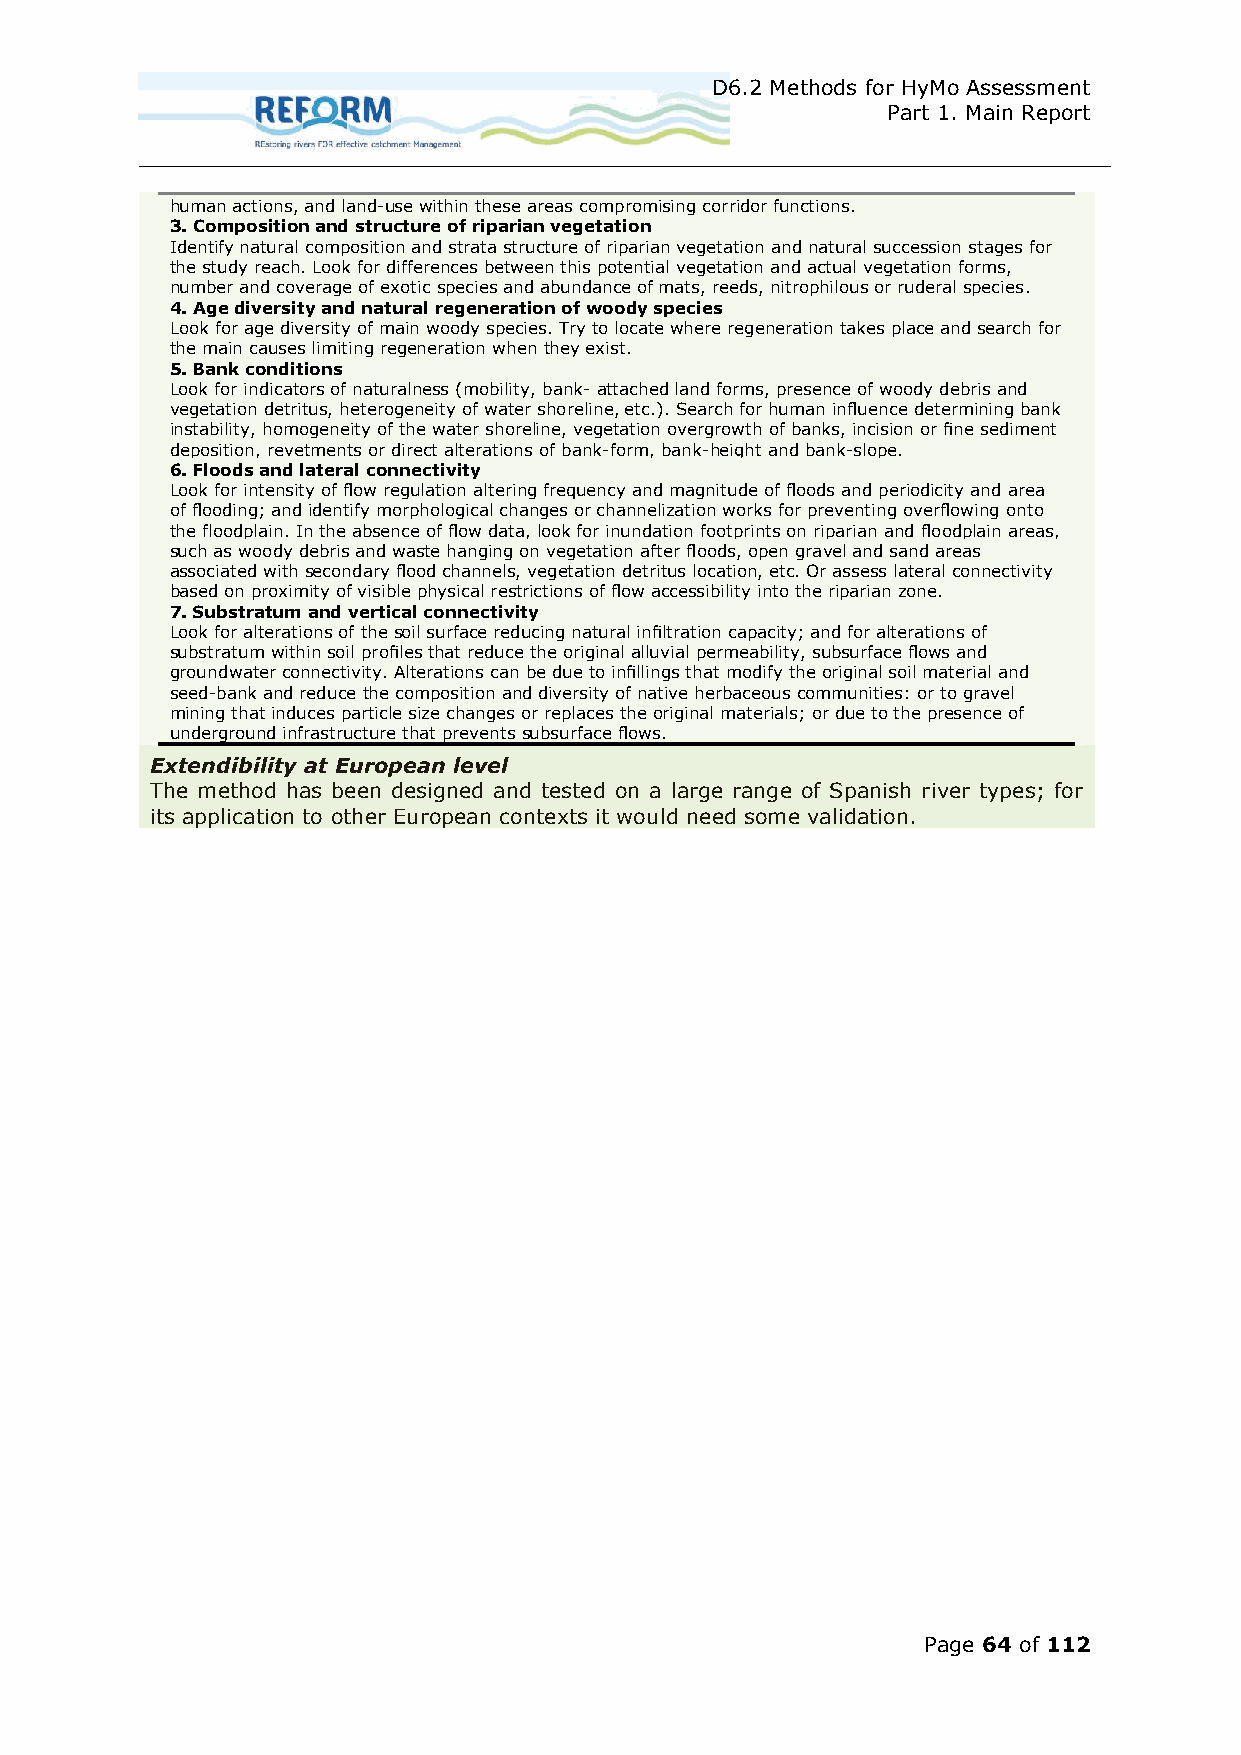
D6.2 Methods for HyMo Assessment
 Part 1. Main Report
 human actions, and land-use within these areas compromising corridor functions.
 3. Composition and structure of riparian vegetation
 Identify natural composition and strata structure of riparian vegetation and natural succession stages for
 the study reach. Look for differences between this potential vegetation and actual vegetation forms,
 number and coverage of exotic species and abundance of mats, reeds, nitrophilous or ruderal species.
 4. Age diversity and natural regeneration of woody species
 Look for age diversity of main woody species. Try to locate where regeneration takes place and search for
 the main causes limiting regeneration when they exist.
 5. Bank conditions
 Look for indicators of naturalness (mobility, bank- attached land forms, presence of woody debris and
 vegetation detritus, heterogeneity of water shoreline, etc.). Search for human influence determining bank
 instability, homogeneity of the water shoreline, vegetation overgrowth of banks, incision or fine sediment
 deposition, revetments or direct alterations of bank-form, bank-height and bank-slope.
 6. Floods and lateral connectivity
 Look for intensity of flow regulation altering frequency and magnitude of floods and periodicity and area
 of flooding; and identify morphological changes or channelization works for preventing overflowing onto
 the floodplain. In the absence of flow data, look for inundation footprints on riparian and floodplain areas,
 such as woody debris and waste hanging on vegetation after floods, open gravel and sand areas
 associated with secondary flood channels, vegetation detritus location, etc. Or assess lateral connectivity
 based on proximity of visible physical restrictions of flow accessibility into the riparian zone.
 7. Substratum and vertical connectivity
 Look for alterations of the soil surface reducing natural infiltration capacity; and for alterations of
 substratum within soil profiles that reduce the original alluvial permeability, subsurface flows and
 groundwater connectivity. Alterations can be due to infillings that modify the original soil material and
 seed-bank and reduce the composition and diversity of native herbaceous communities: or to gravel
 mining that induces particle size changes or replaces the original materials; or due to the presence of
 underground infrastructure that prevents subsurface flows.
 Extendibility at European level
 The method has been designed and tested on a large range of Spanish river types; for
 its application to other European contexts it would need some validation.
 Page 64 of 112